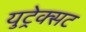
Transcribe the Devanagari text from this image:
युट्रेक्सट